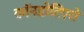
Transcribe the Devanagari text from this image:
कॉनडोटिएरो